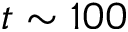
t \sim 1 0 0